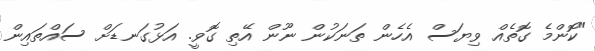
"ކޮންމެ ގޮތެއް ވިޔަސް އެހެން ތަނަކުން ނޫން އޭތި ގޮވީ. އަޅުގަނޑަށް ސައްތައިން